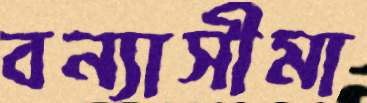
বন্যাসীমা